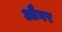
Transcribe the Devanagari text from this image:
औवर